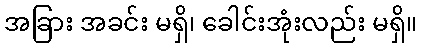
အခြား အခင်း မရှိ၊ ခေါင်းအုံးလည်း မရှိ။